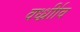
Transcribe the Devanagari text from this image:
वर्ध्ध्रीाव